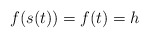
\begin{align*} \begin{aligned}f(s(t))=f(t)=h \end{aligned} \end{align*}